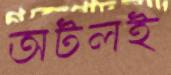
অটলই